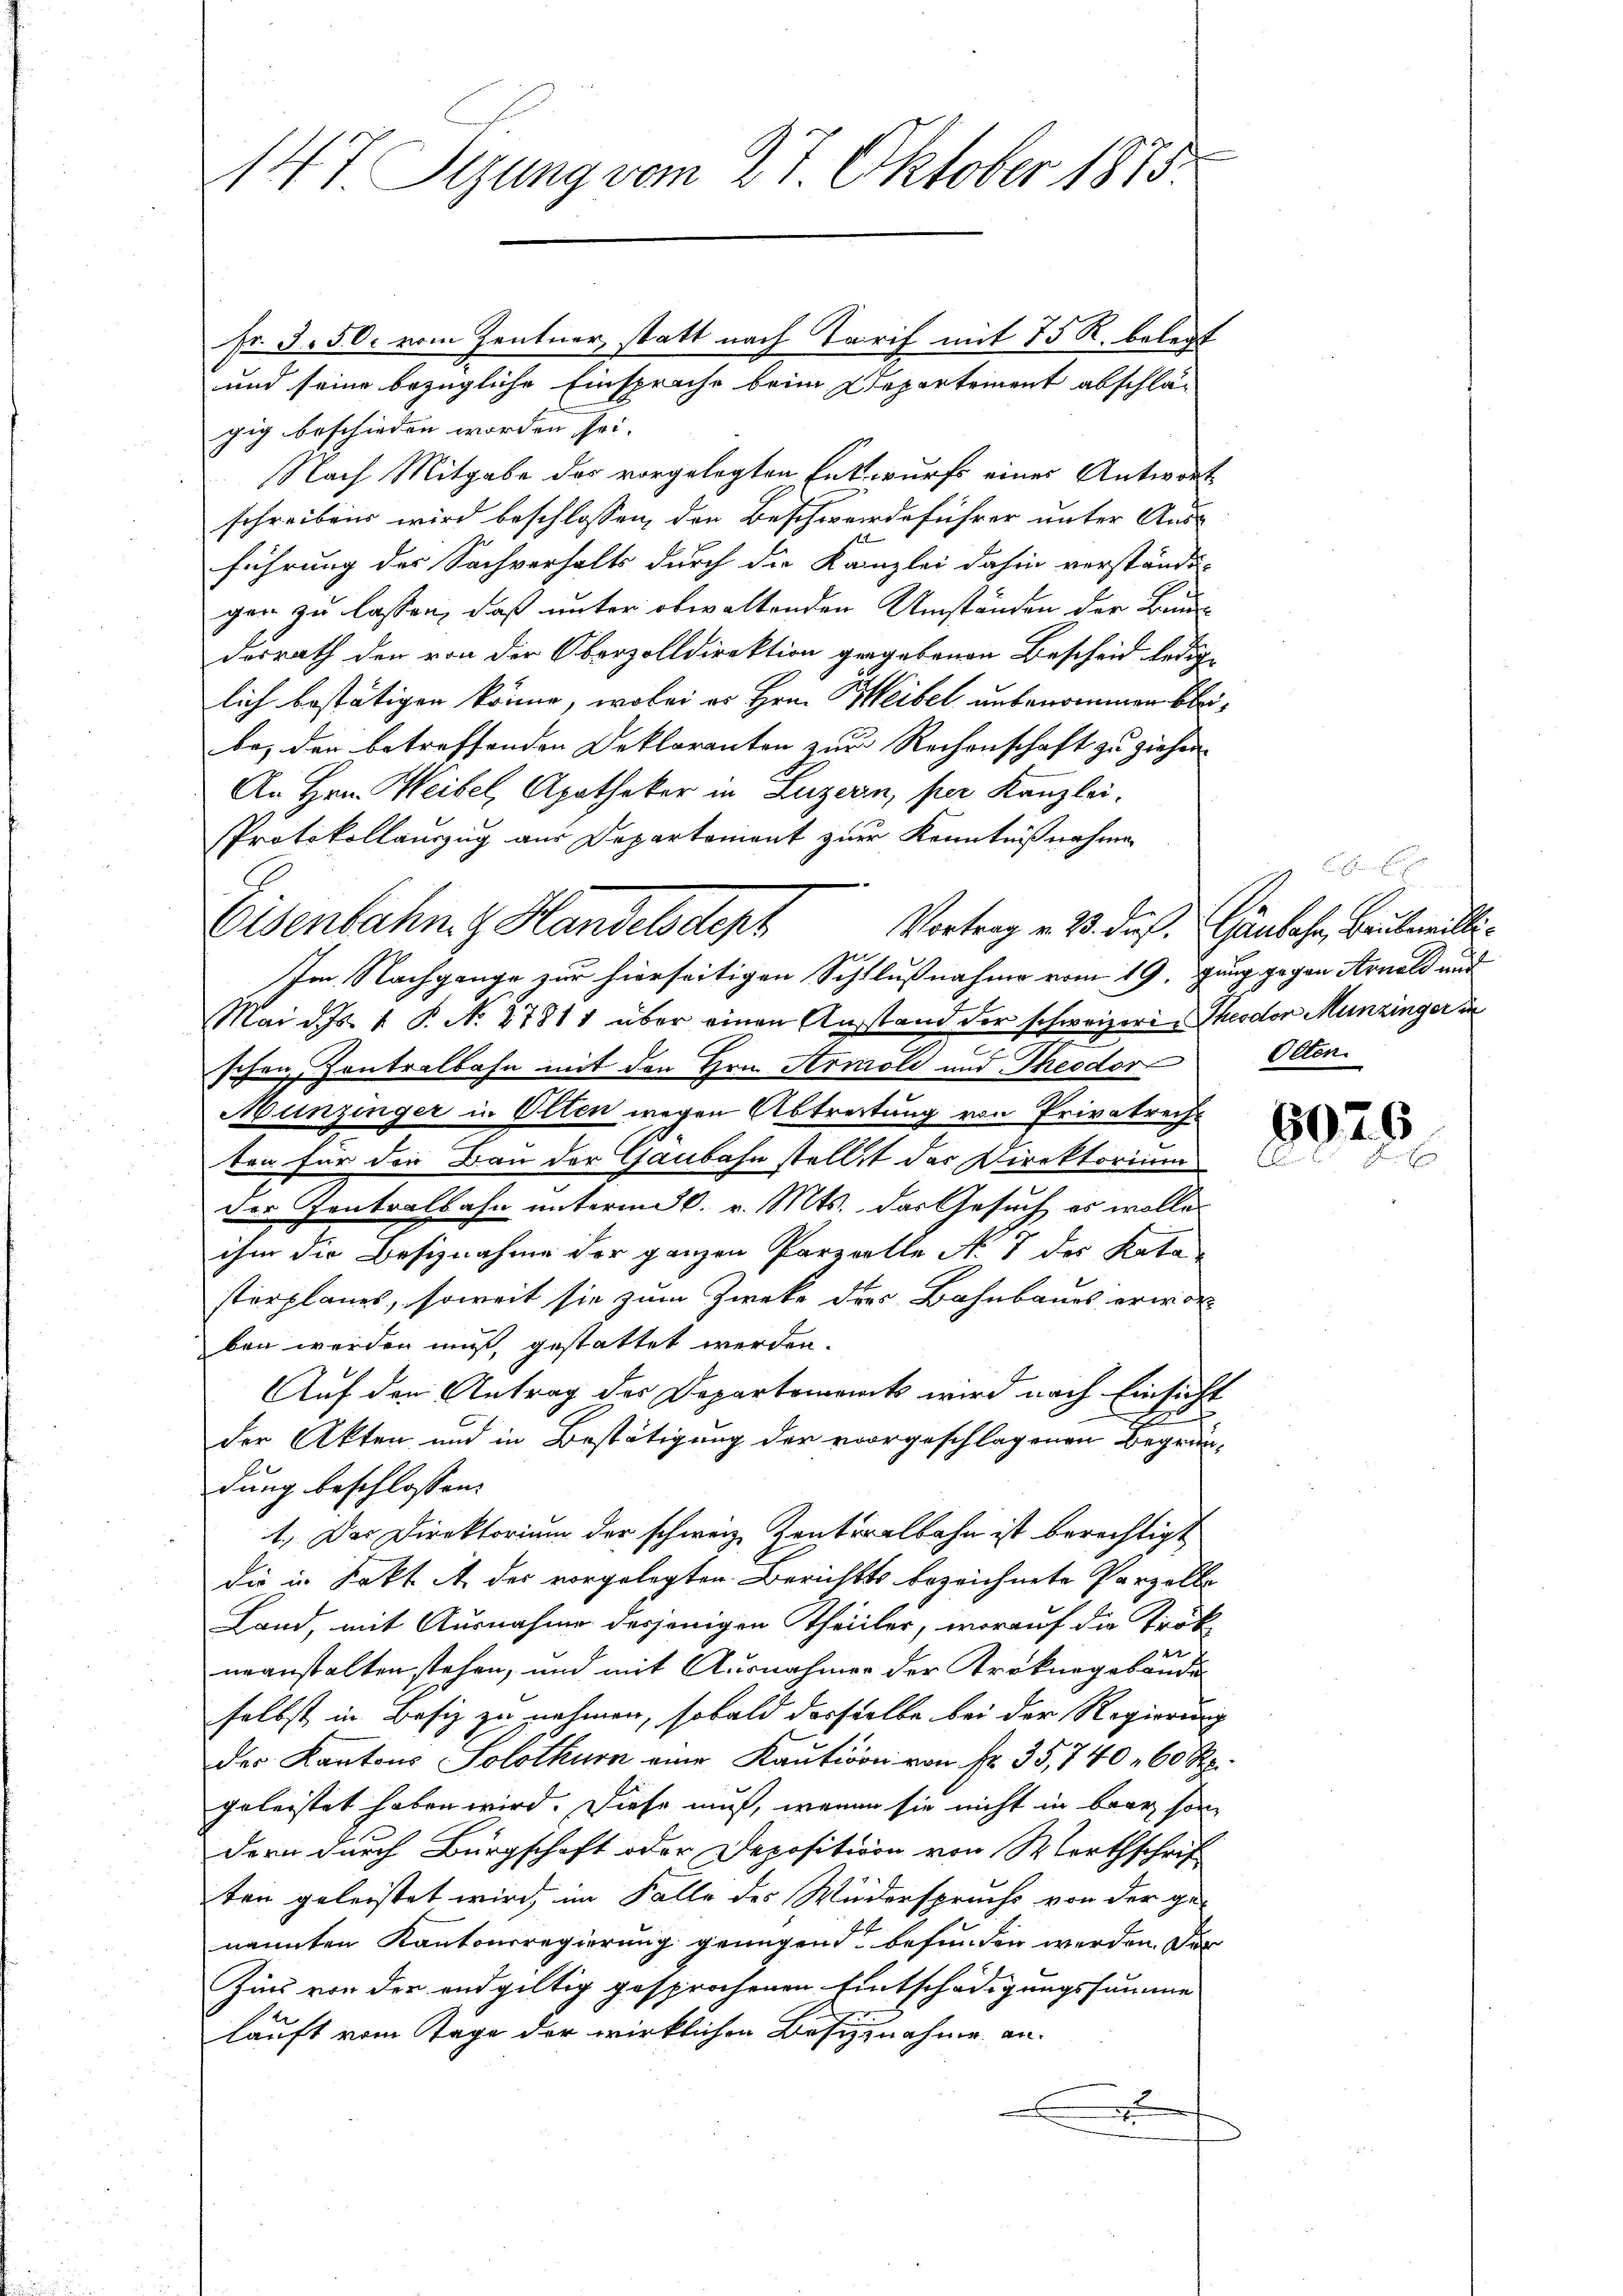
Fr. 3. 50. vom Zentner, statt nach Tarif mit 75 R. belegt
und seine bezügliche Einsprache beim Departement abschlagig beschieden worden sei.
Nach Mitgabe das vorgelegten Entwurfs eines Antwort
schreibens wird beschlossen, der Beschwerdeführer unter Aus-
führung des Sachverhalts durch die Kanzlei dahin verständi-
gen zu lassen, daß unter obwaltenden Umständen der Baudorrath den von der Oberzolldirektion gegebenen Bescheid ledige
lich bestätigen könne, wobei es Hrn. Weibel unbenommen bleibei der betreffenden Deklaranten zur Rechenschaft zu ziehen

An Hrn. Weibel, Apotheker in Luzern, per Kanzlei,
Protokollauszug aus Departement zur Kenntnißnahmen
Eisenbahn & Handelsdept
Im Nachgange zur hierseitigen Schlußnahme vom 19. Jung gegen Arnold und
Mai d. Js. 1 P. No. 27811 über einen Anstand der schweizere Theodor Munzinger in
schen Contralbahn mit den Hrn. Arnold und Theodor
Munzinger in Olten wegen Abtreitung von Privatrecht
ten für die Bau der Gaubahn stellet der Direktorium
der Zentralbahn unterm 26. v. Mts. das Gesuch es wolle
ihm die Besiznahme der ganzen Parzelle No. 8 des Kata-
sterplanes, soweit sie zum Zwecke dres Bahnbaues erwor
ben werden muß, gestattet werden.
Auf den Antrag des Departements wird nach Einsicht
E
der Akten und in Bestätigung der vorgeschlagenen Begründung beschlossen:
1.) Das Direktorium der schweiz. Zentralbahn ist berechtigt
die in Sekt A. der vorgelegten Berichts bezeichnete Parzella
Land, mit Ausnahme derjenigen Theiller, worauf die Trök
2
ueanstalten stehen, und mit Ausnahmer der Krokurgebande
selbst in Besiz zu nehmen, sobald derselbe bei der Regierung
des Kantons Solothurn eine Kaution von Fr. 35, 740. 60 Rp.
geleistet haben wird. Diese muß, wenn sie nicht in baar son
dern durch Bürgschaft oder Depositiven von Marthschrif
ten geleistet wird, im Falle des Widerspruchs von der ge-
nannten Kantonsregierung genügend befunden werden der
Zurs von der endgültig gesprochenen Entschädigungssumme
lauft vom Tage der wirklichen Besitznahme an.
t

147 Sizung vom 27 Oktober 1875.

Vortrag v. 23. das Gänlahr, Bauleilli¬
Otten.

8925